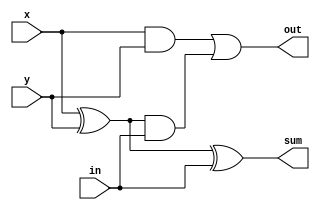
module ex2
(
	x,
	y,
	in,
	sum,
	out
);

	input x;
	input y;
	input in;

	output sum;
	output out;

	assign sum = (x^y)^in;
	assign out = (x&y)|((x^y)&in);
	
endmodule